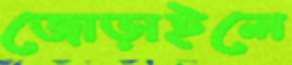
জোড়াইলে